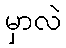
မှာလဲ